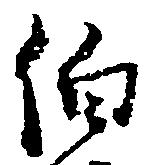
伯